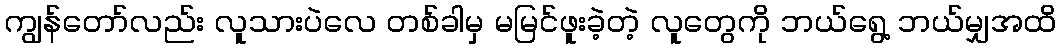
ကျွန်တော်လည်း လူသားပဲလေ တစ်ခါမှ မမြင်ဖူးခဲ့တဲ့ လူတွေကို ဘယ်ရွေ့ ဘယ်မျှအထိ